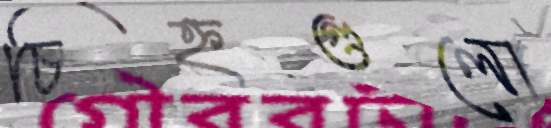
চিহ্নগুলো